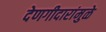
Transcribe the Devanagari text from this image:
देणगीदारांमुळे